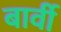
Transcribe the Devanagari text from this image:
बार्वी